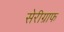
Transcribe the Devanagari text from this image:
सेरीग्राफ